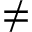
\neq